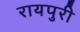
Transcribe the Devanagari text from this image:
रायपुरी